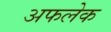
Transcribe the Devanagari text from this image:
अफलेक